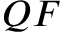
Q F